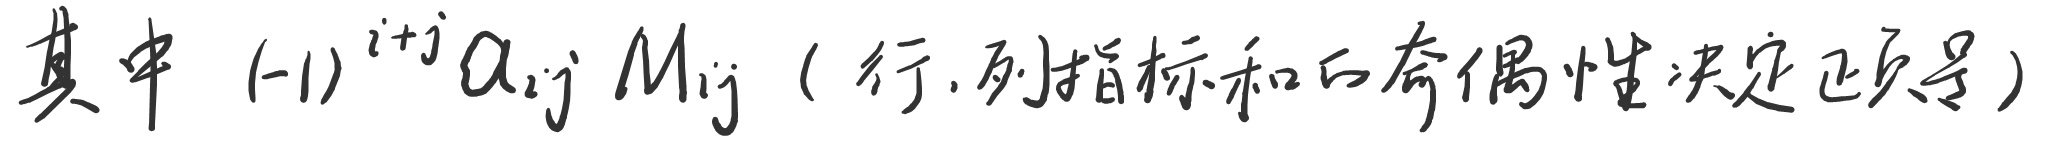
其中 \((-1)^{i + j}a_{ij}M_{ij}\)（行、列指标和的奇偶性决定正负）